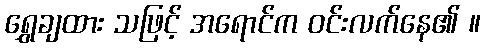
ရွှေချထား သဖြင့် အရောင်က ဝင်းလက်နေ၏ ။